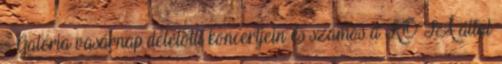
Galéria vasárnap délelőtti koncertjein és számos a KÓTA által